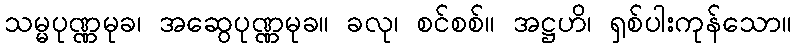
သမ္မပုဏ္ဏမုခ၊ အဆွေပုဏ္ဏမုခ။ ခလု၊ စင်စစ်။ အဋ္ဌဟိ၊ ရှစ်ပါးကုန်သော။